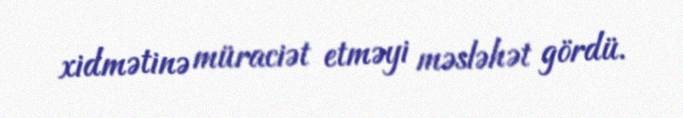
xidmətinə müraciət etməyi məsləhət gördü.